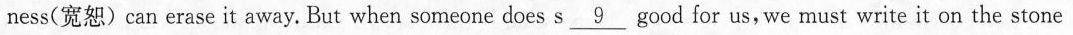
ness(宽恕)can erase it away. But when someone does s \underline{9} good for us, we must write it on the stone